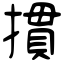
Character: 摜